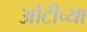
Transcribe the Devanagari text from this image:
ओटीच्या